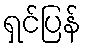
ရှင်ပြန်